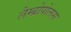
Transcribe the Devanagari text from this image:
लैम्ब्रोपोलस